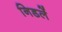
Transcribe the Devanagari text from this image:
निडलें